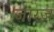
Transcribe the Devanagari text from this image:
जारज़